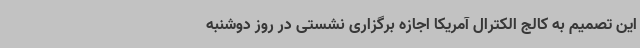
این تصمیم به کالج الکترال آمریکا اجازه برگزاری نشستی در روز دوشنبه